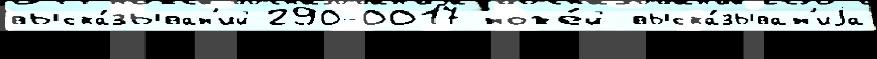
выска́зыван'ий 290-0017 ноже́й выска́зыван'иjа